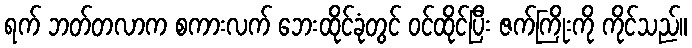
ရက် ဘတ်တလာက စကားလက် ဘေးထိုင်ခုံတွင် ဝင်ထိုင်ပြီး ဇက်ကြိုးကို ကိုင်သည်။